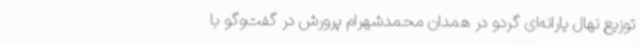
توزیع نهال یارانه‌ای گردو در همدان محمدشهرام پرورش در گفت‌وگو با